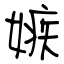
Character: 嫉